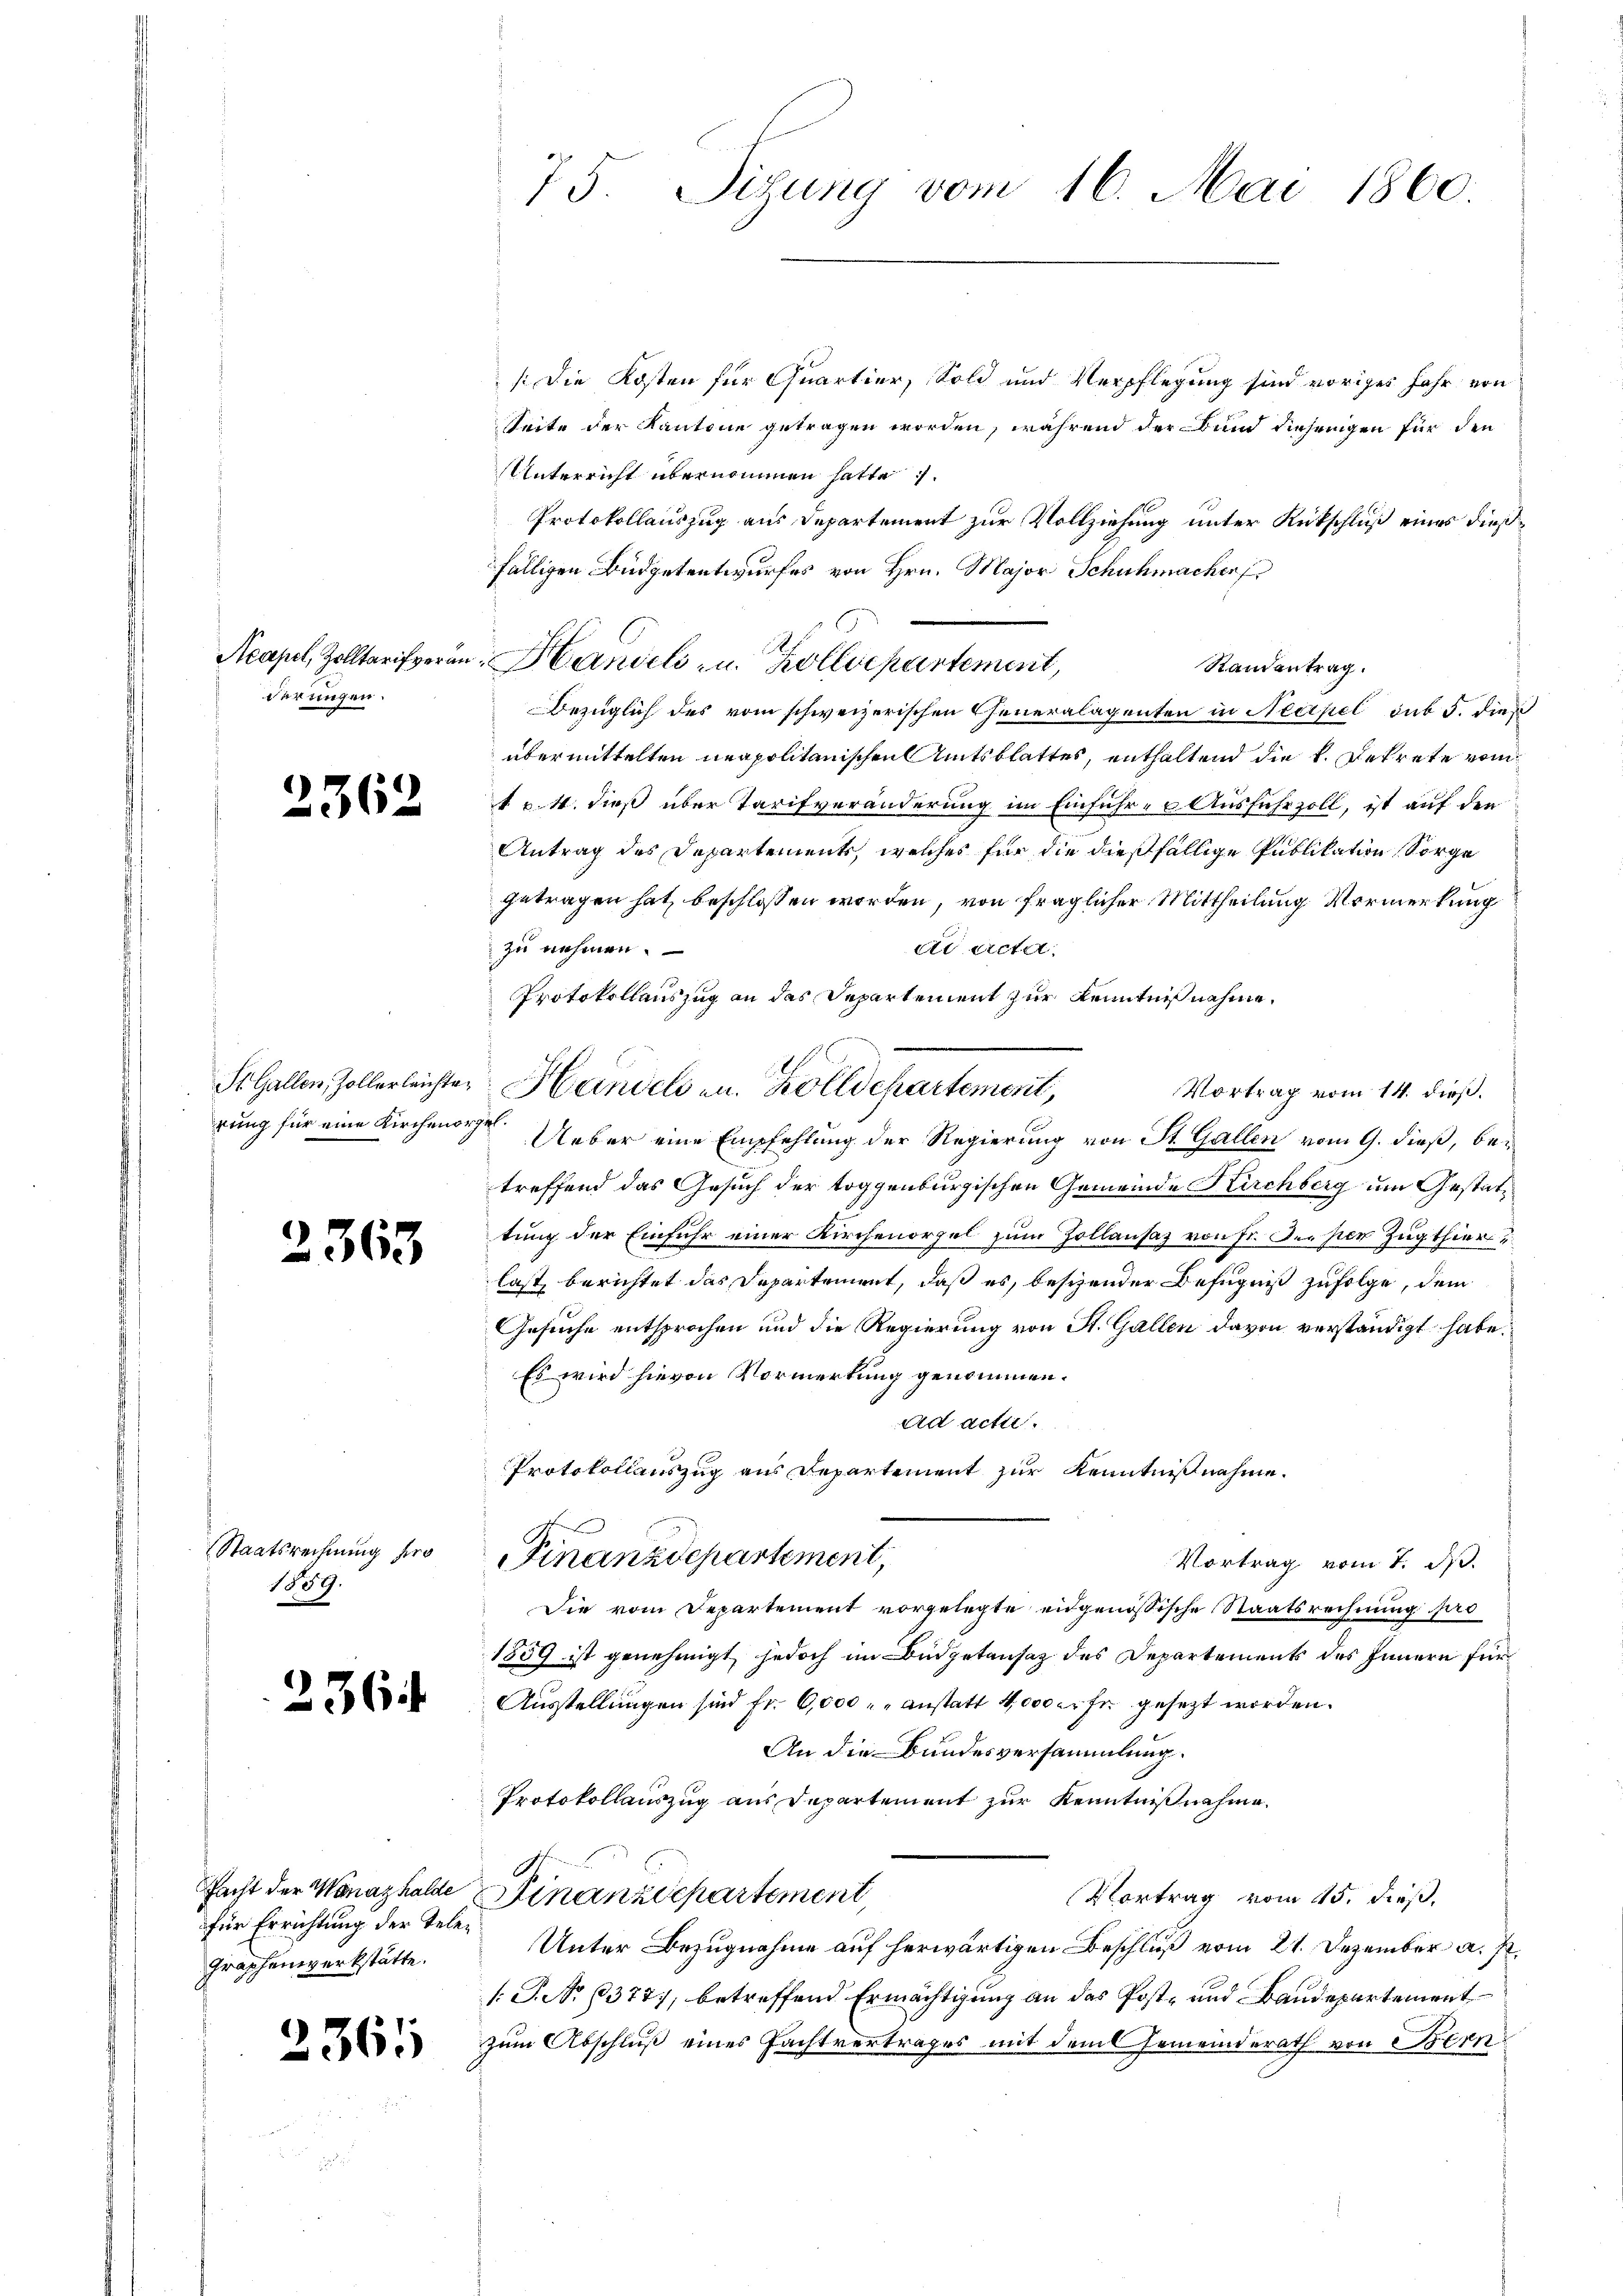
Acapel, Zolltarif veran.
derlingen.

2362

St. Gallen, Zollerleichten
rung für eine Kirchende

2363

Staatsrechnung pro
1859.

236

facht der Wanazhalde
für Errichtung der Tele¬
Graphenswerkstätte.

2365

75. Sizung vom 16. Mai 1860.

/ Die Kosten für Quartier, Sold und Verpflegung sind voriges Jahr von
Seite der Kantone getragen worden, während der Bund diejenigen für den
Unterricht übernommen hatte.
Protokollauszug aus Departement zur Vollziehung unter Rückschluß eines dießfälligen Büdgetentwurfes von Hrn. Major Schuhmacherf
Handels- u. Zolldepartement,
Randantrag.
Bezüglich des vom schweizerischen Cheneralagenten in Necipel sub 5. die
übermittelten neapolitanischen Amtsblattes, enthaltend die k. Betrete vom
t v. 4. dieß über Tarifveränderung im Einführ- u Ausfuhrzoll, ist auf den
Antrag des Departements, welches für die dießfällige Publikation Sorge
getragen hat, beschlossen worden, von fraglicher Mittheilung Vormerkung
zu nehmen.
d acta
Protokollenszug an das Departement zur Kenntniß nahme,
Handels in Zolldepartement,
Vortrag vom 14. dieß.
 Ueber eine Empfehlung der Regierung von St. Gallen vom 9. dieß, betreffend das Gesuch der toggenburgischen Gemeinde Kirchberg um Gestattung der Einfuhr einer Kirchenorzel zum Zollansaz von Fr. Der per Zugthier
last berichtet das Departement, daß es, besizender Befugnis zufolge, dem
Gesuche entsprochen und die Regierung von St. Gallen davon verständigt habe.
Es wird hievon Vormerkung genommen.
ad acti.
Protokollauszug aus Departement zur Kenntnißnahme.
d
inanzdepartement,
Vortrag vom 7. d.
Die vom Departement vorgelegte eidgenössische Staatsrechnung pro
1859 ist genehmigt, jedoch im Büdgetansaz des Departements des Innern für
Ausstellungen sind fr. 6,000 anstatt 4000 er fr. gesezt worden.
An die Bundesversammlung.
Protokollauszug aus Departement zur Kenntnißnahme.
Vortrag vom 15. dieß,
Finanzdepartement
Unter Bezugnahme auf herwärtigen Beschluß vom 21. Dezember a. p.
 P. Nr. 6377, betreffend Ermächtigung an das Post- und Baudepartement
zum Abschluß eines Pachtvertrages mit dem Gemeinderath von Bern